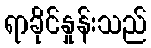
ရာခိုင်နှုန်းသည်